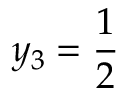
y _ { 3 } = \frac { 1 } { 2 }